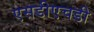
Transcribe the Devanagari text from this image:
एसडीएचडी